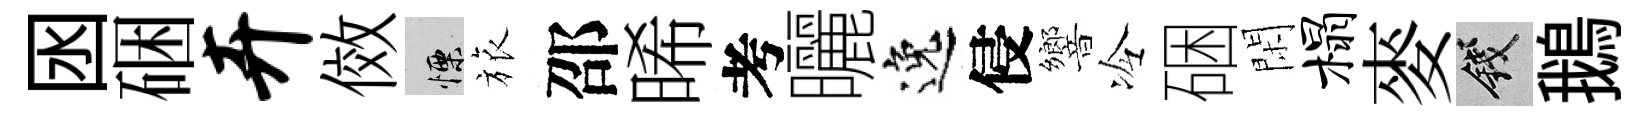
囦硱卉傚慄旅邵晞考曬逸侵響冷硱閑榻麥錢鵝